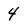
Character: 4